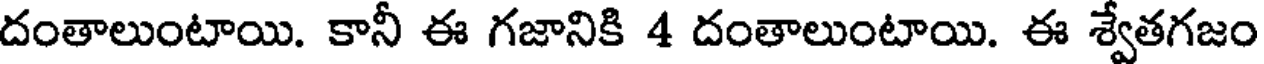
దంతాలుంటాయి. కానీ ఈ గజానికి 4 దంతాలుంటాయి. ఈ శ్వేతగజం